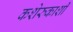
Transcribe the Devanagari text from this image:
कशेरुकाशी